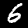
Digit: 6